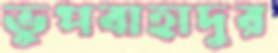
ভুপবাহাদুর